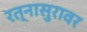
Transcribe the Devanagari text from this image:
रत्नासुरावर